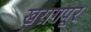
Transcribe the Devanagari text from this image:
खरागपूर